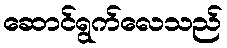
ဆောင်ရွက်လေသည်